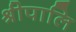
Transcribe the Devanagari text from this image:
श्रीपालि